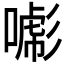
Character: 𢒯